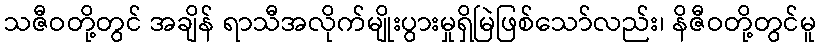
သဇီဝတို့တွင် အချိန် ရာသီအလိုက်မျိုးပွားမှုရှိမြဲဖြစ်သော်လည်း၊ နိဇီဝတို့တွင်မူ